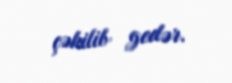
çəkilib gedər.